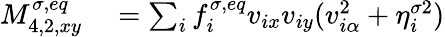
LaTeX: \begin{array}{r}{\begin{array}{rl}{M_{4,2,xy}^{\sigma,eq}}&{{}=\sum_{i}f_{i}^{\sigma,eq}v_{ix}v_{iy}(v_{i\alpha}^{2}+\eta_{i}^{\sigma 2})}\end{array}}\end{array}